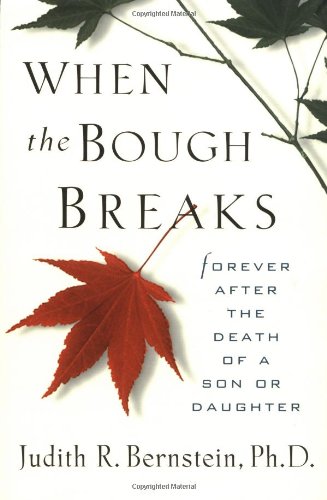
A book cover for When The Bough Breaks:  Forever After the Death of a Son or Daughter; Ph.D. Judith R. Bernstein; Parenting & Relationships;